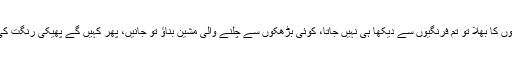
مسلمانوں کا بھلا تو تم فرنگیوں سے دیکھا ہی نہیں جاتا، کوئی بڑھکوں سے چلنے والی مشین بناؤ تو جانیں، پھر کہیں گے پھیکی رنگت کی جے۔